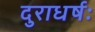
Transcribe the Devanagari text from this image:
दुराधर्षः